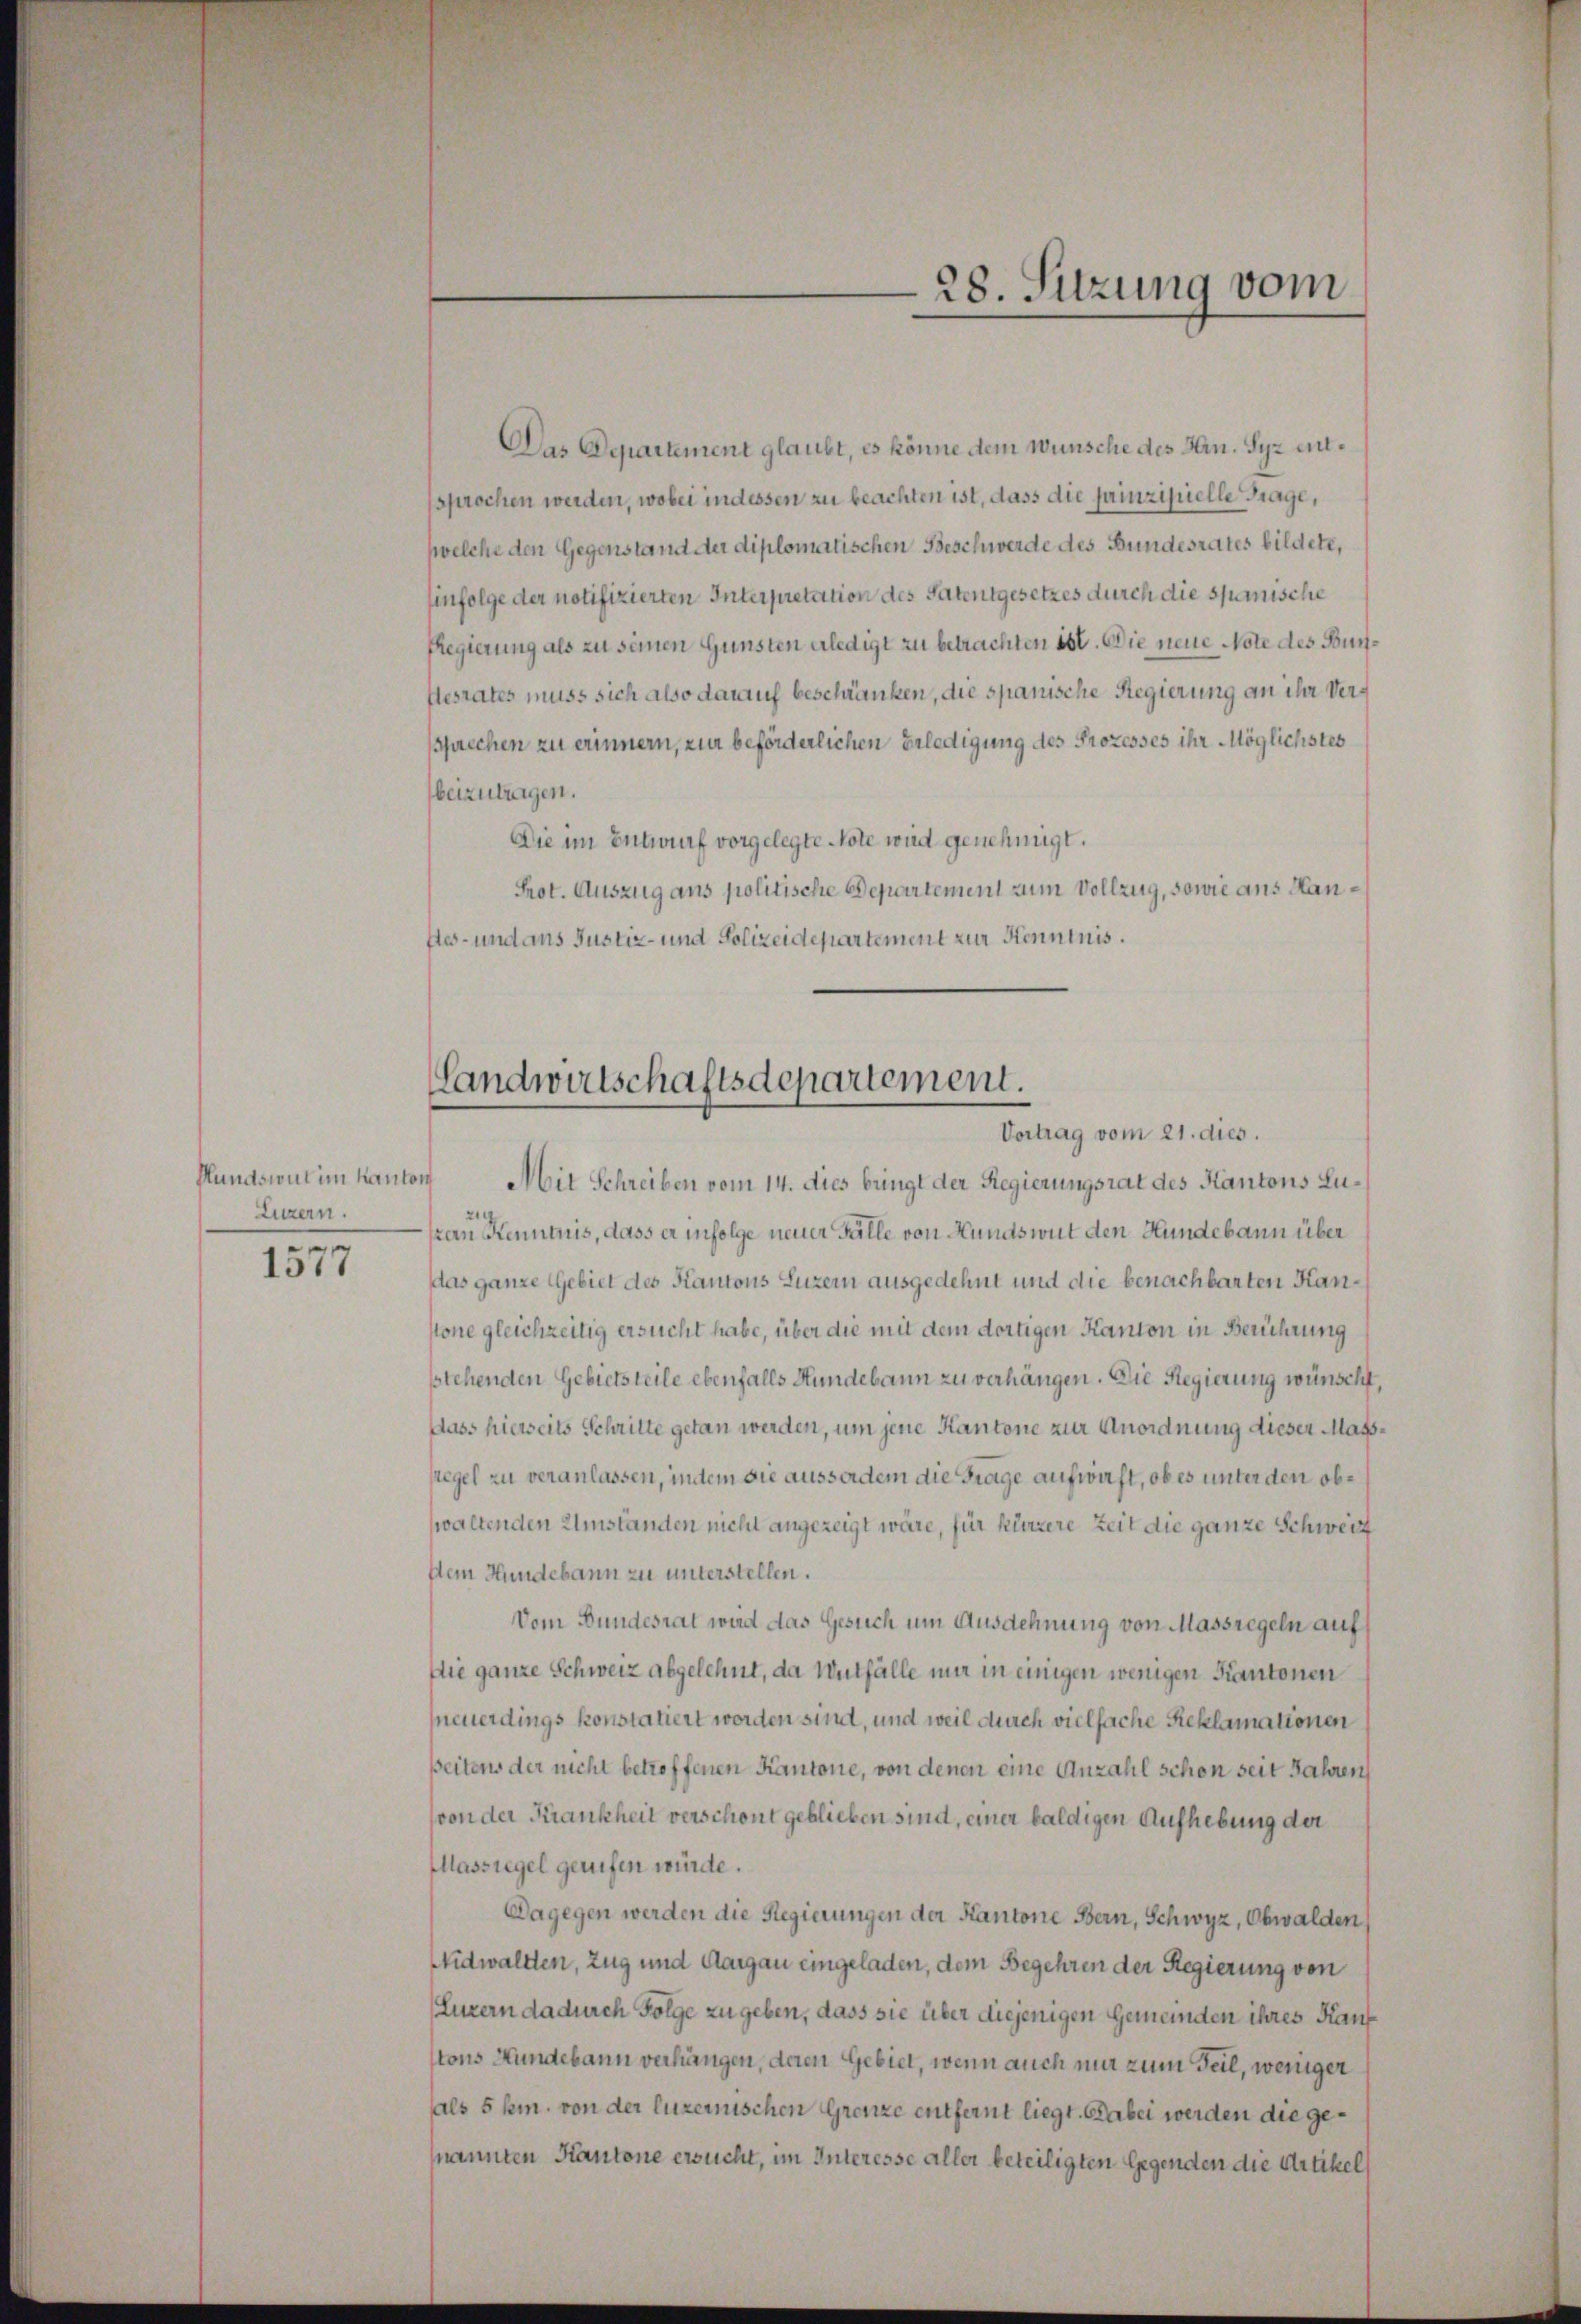
Hundswut im Kanton
Luzern.

1577

Das Departement glaubt, es könne dem Wünsche des Hrn. Syz entsprochen werden, wobei indessen zu beachten ist, dass die painzipielle Frage,
(welche den Gegenstand der diplomatischen Beschwerde des Bundesrates bildete,
hinfolge der notifizierten Interpretation des Patentgesetzes durch die spanische
Regierung als zu seinen Gunsten erledigt zu betrachten ist. Die neue Note des Bür¬
Pestates muss sich also darauf beschränken, die spanische Regierung an ihr Versprechen zu erinnern, zur beförderlichen Erledigung des Prozesses ihr Möglichstes
beizutragen.
Die im Entwurf vorgelegte Note wird genehmigt.
Prot. Auszug ans politische Departement zum Vollzug, sowie aus Hanstes- und ans Justiz- und Polizeidepartement zur Kenntnis.

28. Sitzung vom

Landwirtschaftsdepartement.
Vortrag vom 21. dies.

Mit Schreiben vom 14. dies bringt der Regierungsrat des Kantons Lurau Kenntnus, dass er infolge neuer Fälle von Hundswut den Hundebann über
das ganze Gebiet des Kantons Luzern ausgedehnt und die benachbarten Kanstone gleichzeitig ersucht habe, über die mit dem dortigen Kanton in Berührung
sstehenden Gebietsteile ebenfalls Hundebann zu verhängen. Die Regierung wünscht,
Dass hierseits Schritte getan werden, um jene Kantone zur Anordnung dieser Masssegel zu veranlassen, indem sie ausserdem die Frage aufwirft, ob es unter den obwaltenden Umständen nicht angezeigt wäre, für kürzere Zeit die ganze Schweiz
sein Hundebann zu unterstellen.
Vom Bundesrat wird das Gesuch um Ausdehnung von Massregeln auf
Die ganze Schweiz abgelehnt, da Witfälle nur in einigen wenigen Kantonen
neuerdings konstatiert worden sind, und weil durch vielfache Reklamationen
seitens der nicht betroffenen Kantone, von denen eine Anzahl schon seit Jahren
von der Krankheit verschont geblieben sind, einer baldigen Aufhebung der
Massregel gerufen würde.
Dagegen werden die Regierungen der Kantone Bern, Schwyz, Obwalden
Nidwaltten, Zug und Aargau eingeladen, dem Begehren der Regierung von
(Luzern dadurch Folge zu geben, dass sie über diejenigen Gemeinden ihres Kauf
tons Hundebann verhängen, deren Gebiet, wenn auch nur zum Teil, weniger
als 5 hin. von der luzernischen Grenze entfernt liegt. Dabei werden die gemannten Kantone ersucht, im Interesse aller beteiligten Gegenden die Artikel